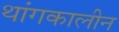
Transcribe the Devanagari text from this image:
थांगकालीन